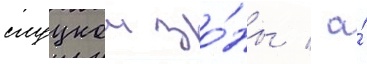
слуцкои зо́ны / а́